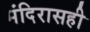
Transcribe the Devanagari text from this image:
मंदिरासही